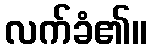
လက်ခံ၏။